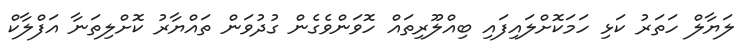
ލަޔާލް ހަތަރު ކަޅި ހަމަކޮށްލައިފައި ބިއްލޫރިތައް ހޮވަންވެގެން ގުދުވަން ތައްޔާރު ކޮށްލިތަނާ އަފްލާކް